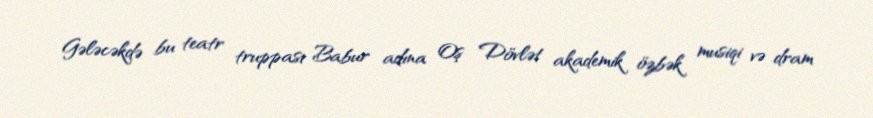
Gələcəkdə bu teatr truppası Babur adına Oş Dövlət akademik özbək musiqi və dram